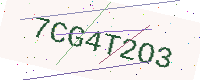
Text: 7CG4T2O3